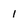
Character: l